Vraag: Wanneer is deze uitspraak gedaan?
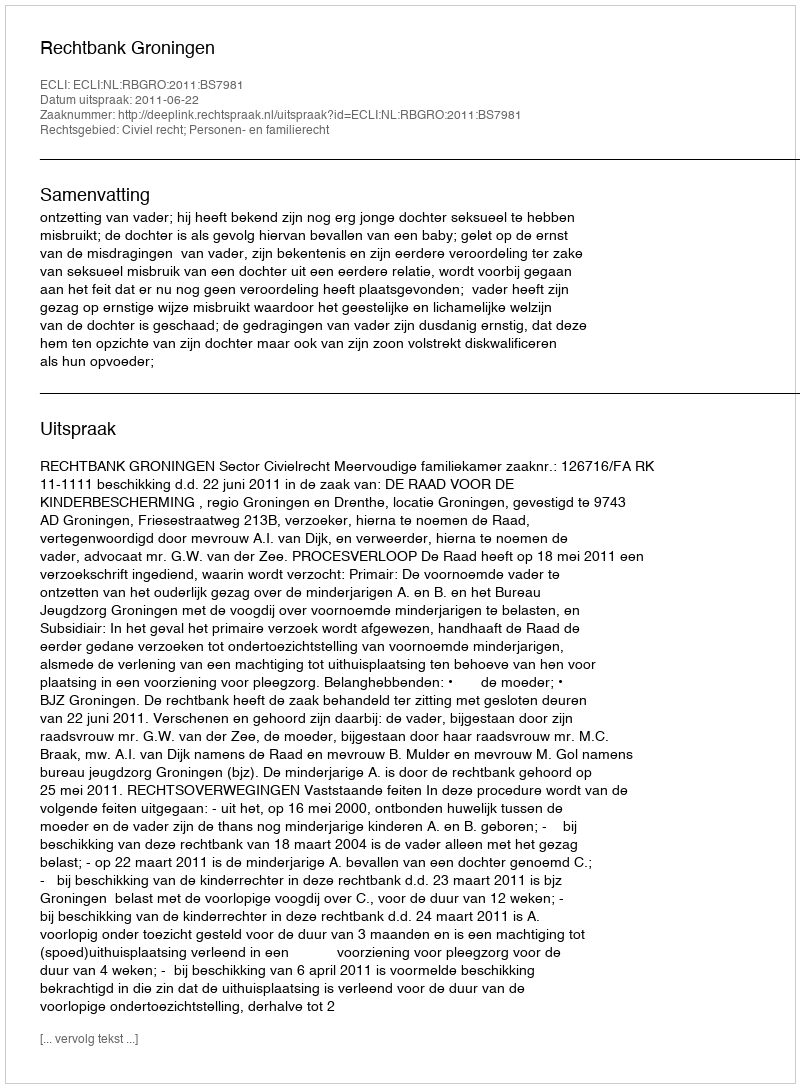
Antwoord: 2011-06-22